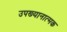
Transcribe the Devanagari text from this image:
उपख्यानात्मक